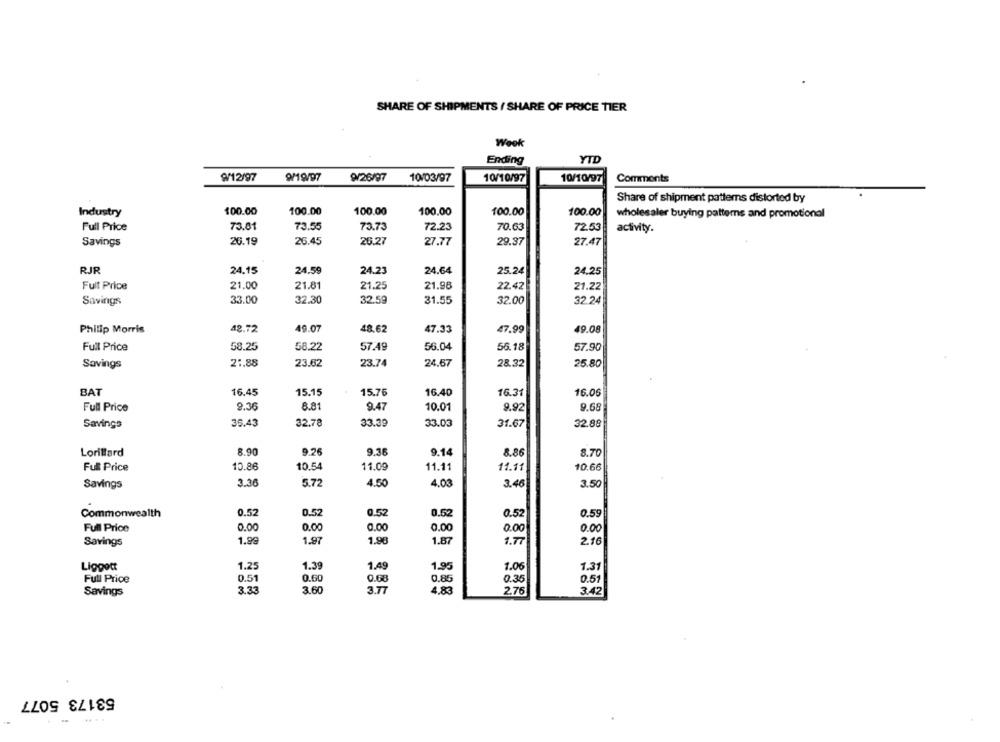
SHARE OF SHIPMENTS / SHARE OF PRICE TIER
Week
Ending
YTD
9/12/97
9/19/97
9/26/97
10/03/97
10/10/97
10/10/97
Comments
Share of shipment patterns distorted by
Industry
100.00
100.00
100.00
100.00
100.00
100.00
wholesaler buying patterns and promotional
Full Price
73.81
73.55
73.73
72.23
70.63
72.53
activity.
Savings
26.19
26.45
26.27
27.77
29.37
27.47
RJR
24.15
24.59
24.23
24.64
25.24
24.25
Full Price
21.00
21.81
21.25
21.98
22.42
21.22
Savings
33.00
32.30
32.59
31.55
32.00
32.24
Philip Morris
48.72
49.07
48.62
47.33
47.99
49.08
Full Price
58.25
58.22
57.49
56.04
56.18
57.90
21.88
23.62
23.74
24.67
28.32
25.80
Savings
BAT
16.45
15.15
15.76
16.40
16.31
16.06
Full Price
9.36
8.81
9.47
10.01
9.92
9.68
Savings
35.43
32.78
33.39
33.03
31.67
32.88
Lorillard
8.90
9.26
9.36
9.14
8.86
8.70
Full Price
10.86
10.54
11.09
11.11
11.11
10.66
3.36
4.50
4.03
Savings
5.72
3.46
3.50
0.52
0.52
0.52
0.52
0.52
0.59
Commonwealth
0.00
0.00
0.00
Full Price
0.00
0.00
0.00
Savings
1.99
1.97
1.98
1.87
1.77
2.16
1.25
1.39
1.49
1.95
1.06
Liggott
1.31
Full Price
0.51
0.60
0.68
0.85
0.35
0.51
Savings
3.33
3.60
3.77
4.83
2.76
3.42
53173 5077